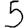
Digit: 5